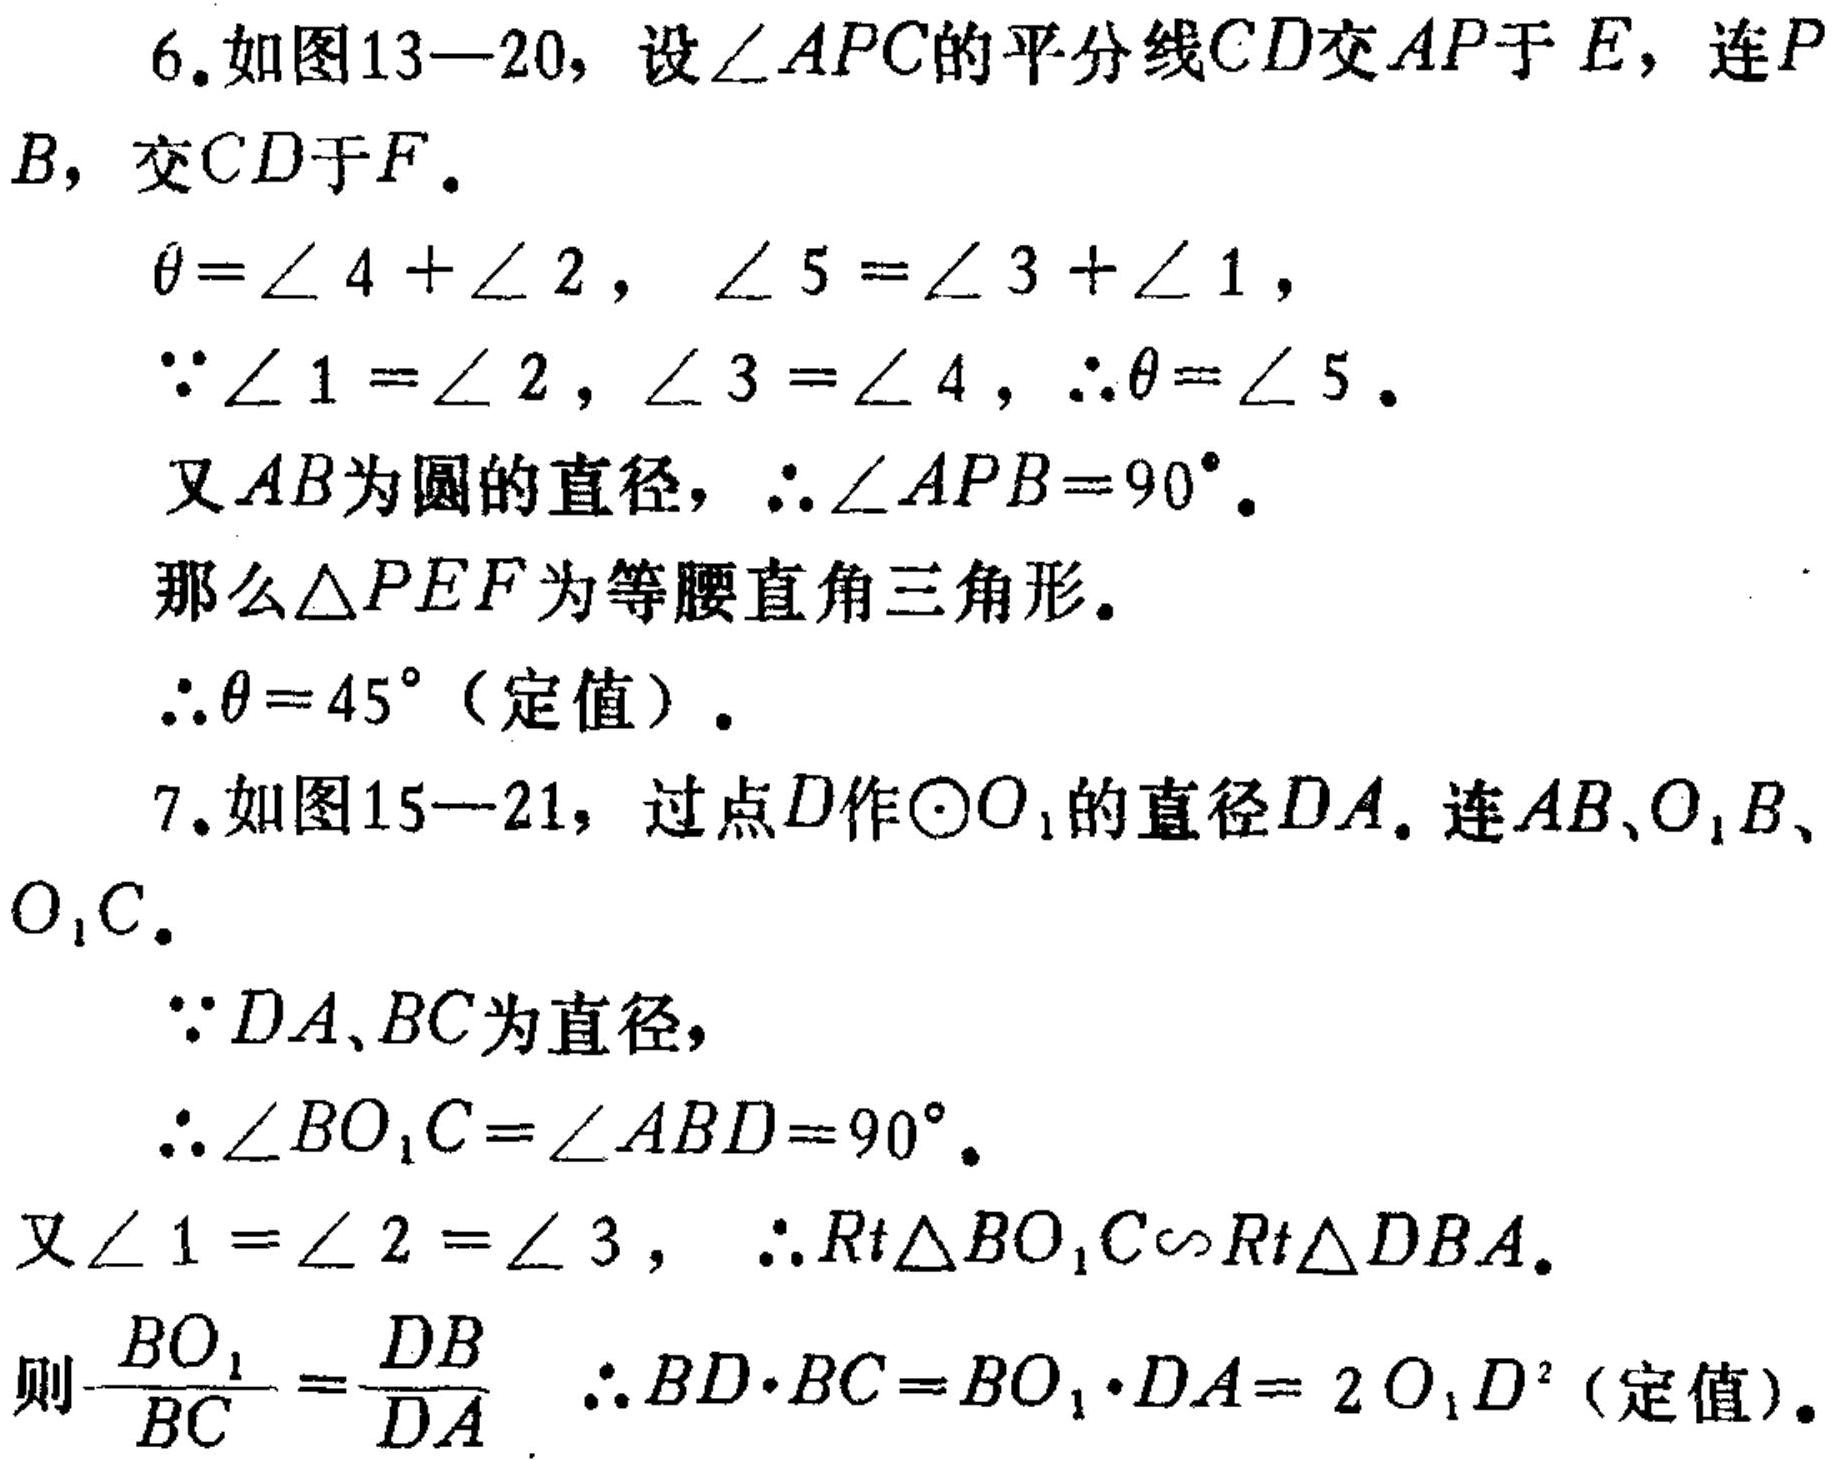
6. 如图13—20，设\(\angle APC\)的平分线\(CD\)交\(AP\)于\(E\)，连\(P\)
\(B\)，交\(CD\)于\(F\)。
\(\theta=\angle 4+\angle 2\)，\(\angle 5=\angle 3+\angle 1\)，
\(\because\angle 1 = \angle 2\)，\(\angle 3 = \angle 4\)，\(\therefore\theta=\angle 5\)。
又\(AB\)为圆的直径，\(\therefore\angle APB = 90^{\circ}\)。
那么\(\triangle PEF\)为等腰直角三角形。
\(\therefore\theta = 45^{\circ}\)（定值）。
7. 如图15—21，过点\(D\)作\(\odot O_{1}\)的直径\(DA\)。连\(AB、O_{1}B、\)
\(O_{1}C\)。
\(\because DA、BC\)为直径，
\(\therefore\angle BO_{1}C=\angle ABD = 90^{\circ}\)。
又\(\angle 1=\angle 2=\angle 3\)，\(\therefore Rt\triangle BO_{1}C\sim Rt\triangle DBA\)。
则\(\frac{BO_{1}}{BC}=\frac{DB}{DA}\)  \(\therefore BD\cdot BC = BO_{1}\cdot DA = 2O_{1}D^{2}\)（定值）。